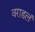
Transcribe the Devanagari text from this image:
वराडलं